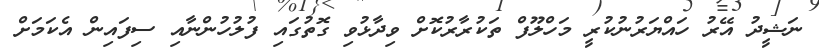
ނަޝީދު އޭރު ހައްޔަރުނުކުރީ މަހްލޫފް ތަކުރާރުކޮށް ވިދާޅުވި ގޮތުގައި ފުލުހުންނާއި ސިފައިން އެކަމަށް